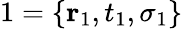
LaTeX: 1=\{ {\mathbf r}_{1},t_{1},\sigma_{1}\}